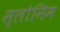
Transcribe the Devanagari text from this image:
स्लोनिम